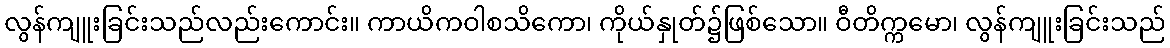
လွန်ကျူးခြင်းသည်လည်းကောင်း။ ကာယိကဝါစသိကော၊ ကိုယ်နှုတ်၌ဖြစ်သော။ ဝီတိက္ကမော၊ လွန်ကျူးခြင်းသည်